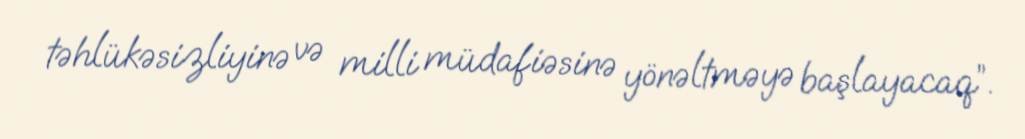
təhlükəsizliyinə və milli müdafiəsinə yönəltməyə başlayacaq”.